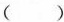
()